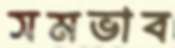
সমভাব